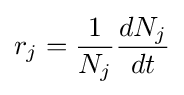
r_{j}={\frac {1}{N_{j}}}{\frac {dN_{j}}{dt}}